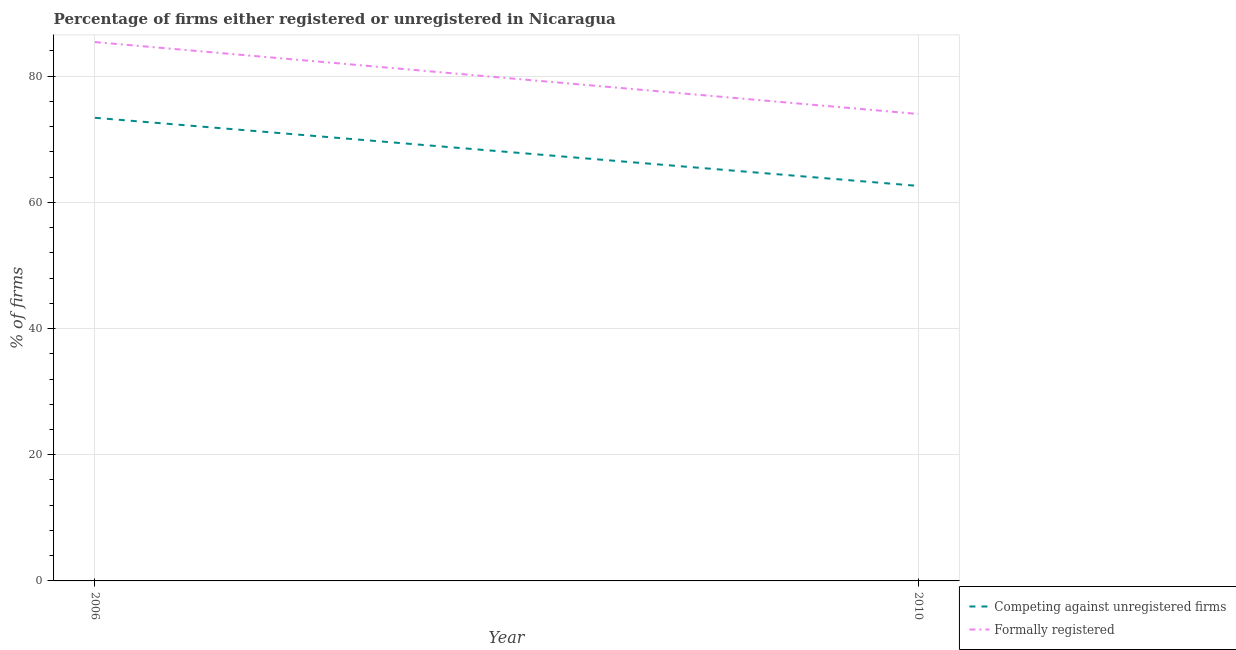
| Year | Competing against unregistered firms | Formally registered |
 | --- | --- | --- |
 | 2006 | 73.4 | 85.4 |
 | 2010 | 62.6 | 74 |